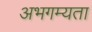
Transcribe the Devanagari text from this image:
अभगम्यता